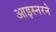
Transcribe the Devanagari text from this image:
आइस्नरने